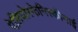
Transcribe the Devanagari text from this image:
पेलियोस्फेनिस्कीनाई